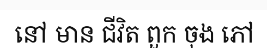
នៅ មាន ជីវិត ពួក ចុង ភៅ